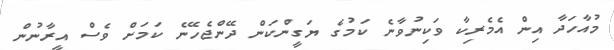
މުއާހަދާ އިން އެމެރިކާ ވަކިނުވާނެ ކަމުގެ ޔަގީންކަން ދޭންޖެހޭނެ ކަމަށް ވެސް އީރާނުން